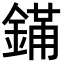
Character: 𬫮